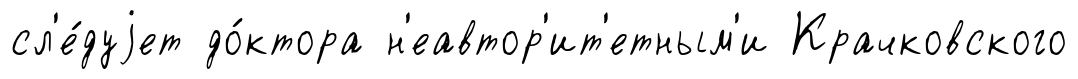
сл'е́дуjет до́ктора н'еавтор'ит'етным'и Крачковского